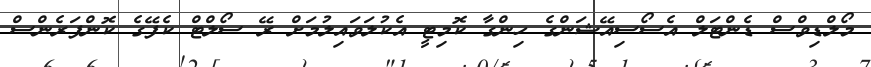
މޯލްޑިވްސް ޑެންޓަލް އެސޯސިއޭޝަންގެ ހިންގާ ކޮމިޓީ އެކުލަވައިލުމަށް ރޭ ސޯލްޓް ކެފޭގެ ކޮންފަރެންސް